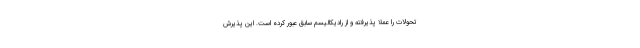
تحولات را عملا پذیرفته و از رادیکالیسم سابق عبور کرده است. این پذیرش